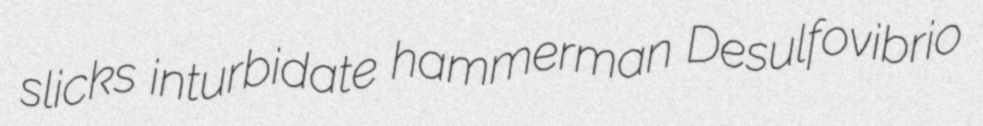
slicks inturbidate hammerman Desulfovibrio